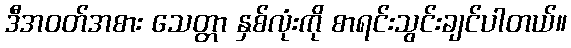
ဒီအဝတ်အစား သေတ္တာ နှစ်လုံးကို စာရင်းသွင်းချင်ပါတယ်။